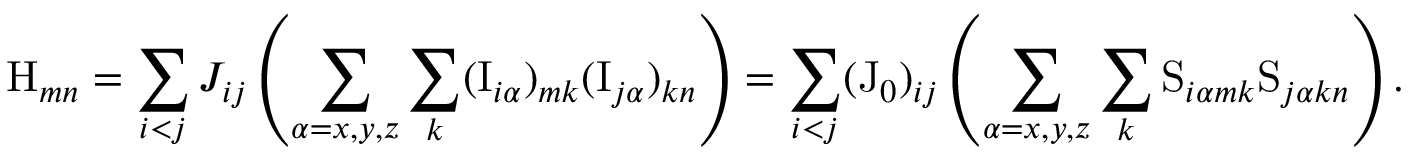
\mathrm { H } _ { m n } = \sum _ { i < j } J _ { i j } \left( \sum _ { \alpha = x , y , z } \sum _ { k } ( \mathrm { I } _ { i \alpha } ) _ { m k } ( \mathrm { I } _ { j \alpha } ) _ { k n } \right) = \sum _ { i < j } ( \mathrm { J } _ { 0 } ) _ { i j } \left( \sum _ { \alpha = x , y , z } \sum _ { k } \mathrm { S } _ { i \alpha m k } \mathrm { S } _ { j \alpha k n } \right) .